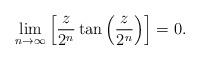
LaTeX: \begin{align*}\lim_{n\rightarrow\infty}\left[\frac{z}{2^n}\tan\left(\frac{z}{2^n}\right)\right]=0.\end{align*}